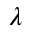
\lambda